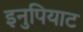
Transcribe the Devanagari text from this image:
इनुपियाट